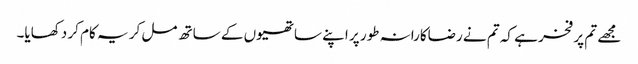
مجھے تم پر فخر ہے کہ تم نے رضاکارانہ طور پر اپنے ساتھیوں کے ساتھ مل کر یہ کام کر دکھایا۔